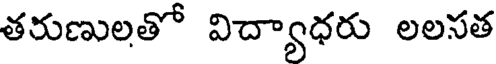
తరుణులతో విద్యాధరు లలసత